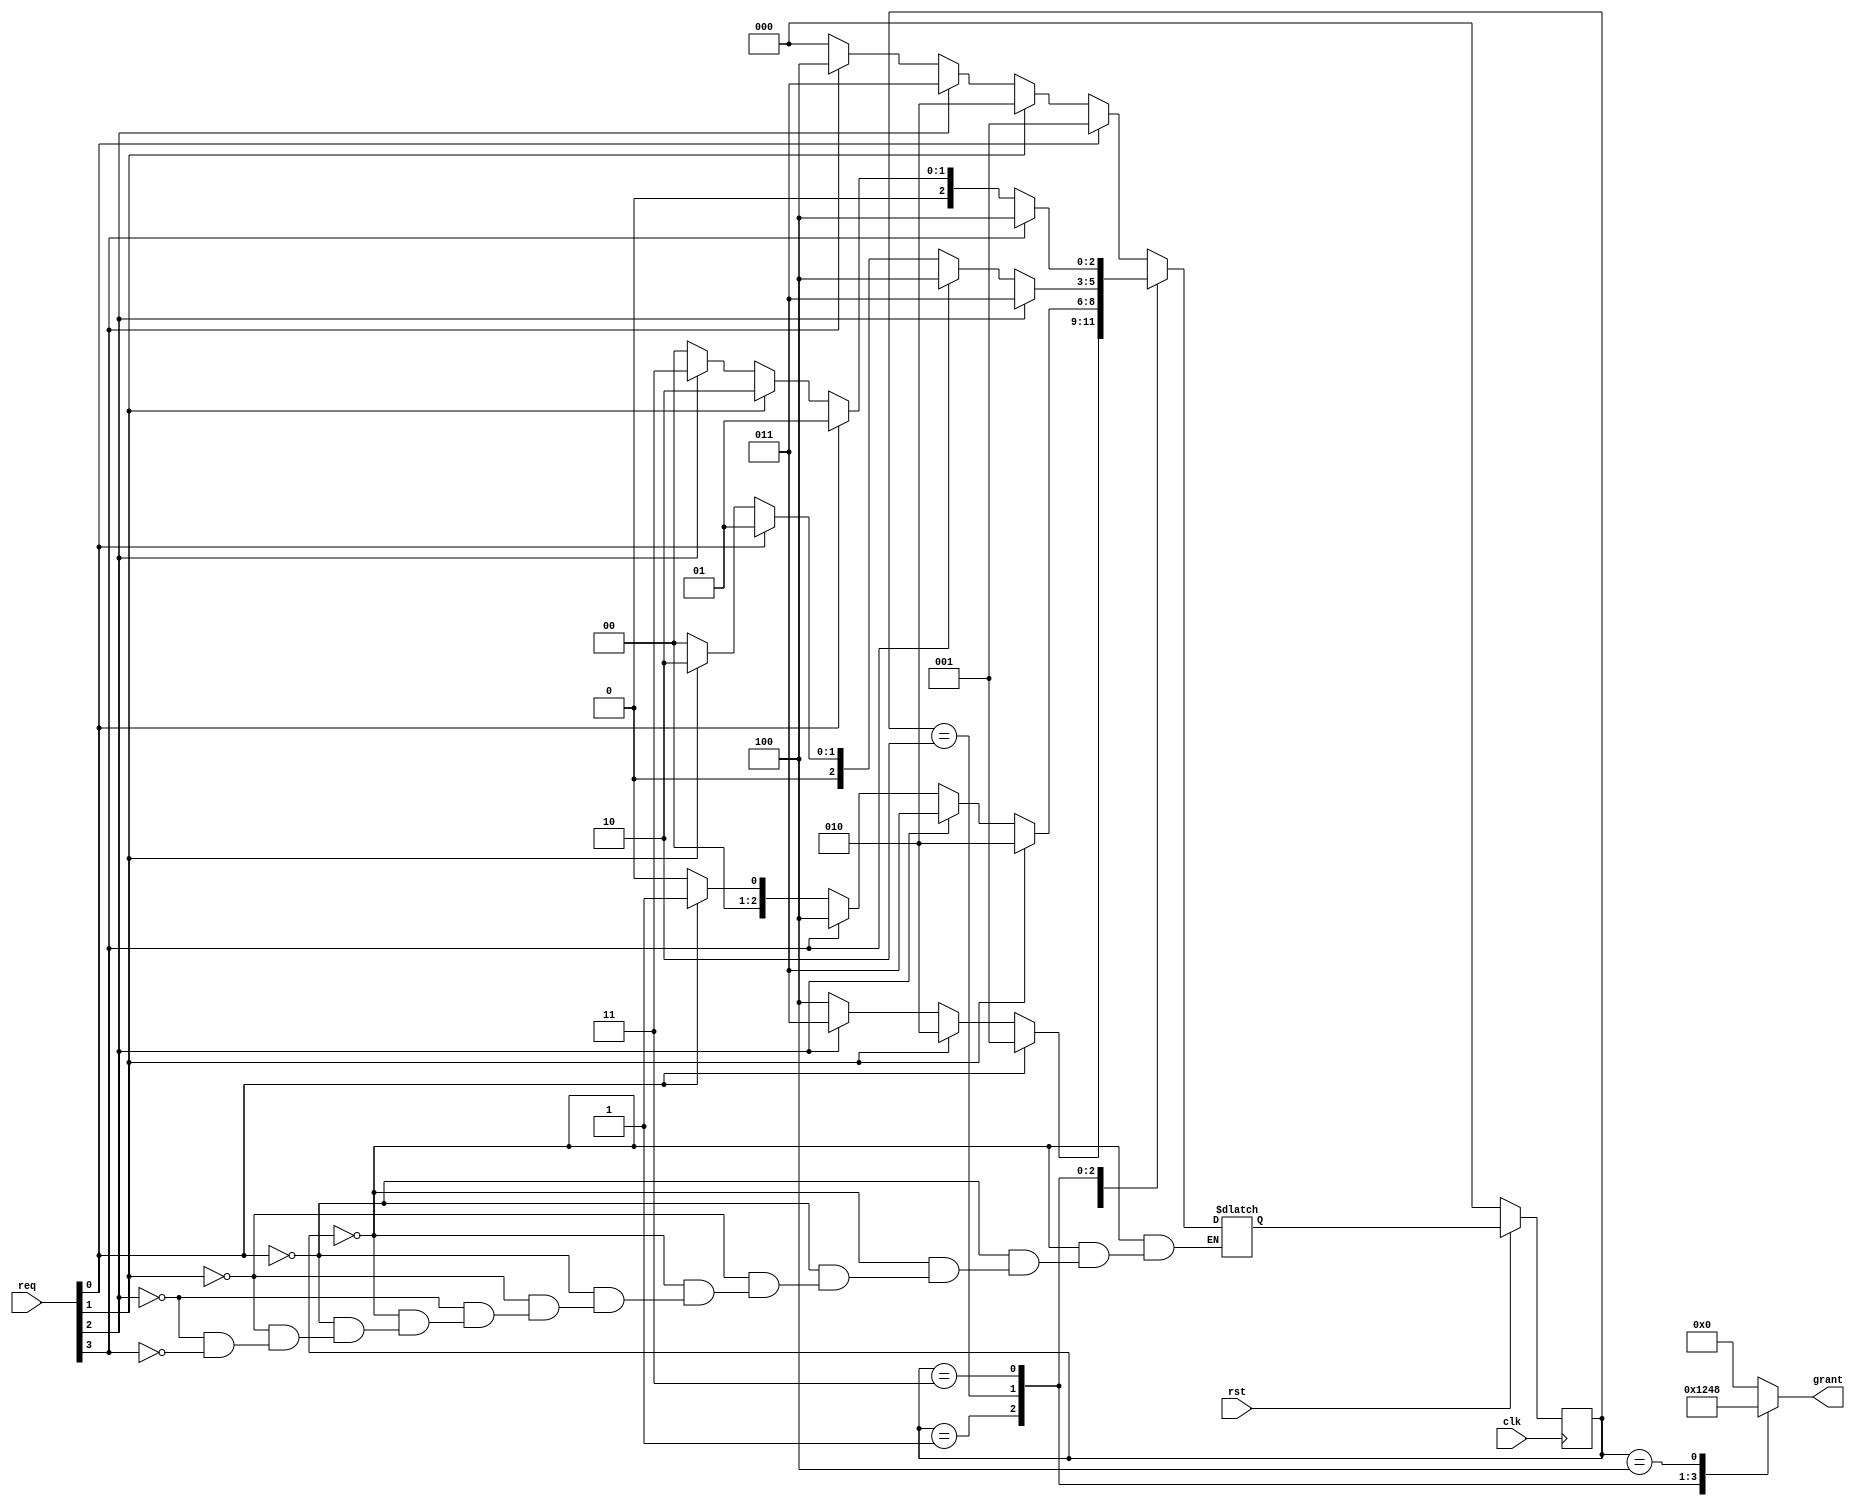
`timescale 1ns / 1ps
module Round_Robin_Arbiter(
    input clk,
    input rst,
    input [3:0] req,
    output reg [3:0] grant
    );
    reg [2:0] ps,ns; 
    parameter [2:0] ideal=3'b000; 
    parameter [2:0] s0=3'b001; 
    parameter [2:0] s1=3'b010; 
    parameter [2:0] s2=3'b011; 
    parameter [2:0] s3=3'b100; 
    always@(posedge clk) 
    begin 
    if(!rst) 
    ps<=ideal; 
    else 
    ps<=ns;
    end
    always@(*)
    begin 
    case(ps) 
    ideal: begin 
            if(req[0]) 
            ns=s0; 
            else if(req[1]) 
            ns=s1; 
            else if(req[2]) 
            ns=s2;
            else if(req[3]) 
            ns=s3;
           end
     s0: begin 
            if(req[1]) 
            ns=s1; 
            else if(req[2]) 
            ns=s2; 
            else if(req[3]) 
            ns=s3;
            else if(req[0]) 
            ns=s0;
            else 
            ns=ideal; 
         end
     s1: begin 
            if(req[2]) 
            ns=s2; 
            else if(req[3]) 
            ns=s3; 
            else if(req[0]) 
            ns=s0; 
            else if(req[1]) 
            ns=s1;
            else 
            ns=ideal; 
         end
      s2: begin 
            if(req[3]) 
            ns=s3; 
            else if(req[0]) 
            ns=s0; 
            else if(req[1]) 
            ns=s1; 
            else if(req[2]) 
            ns=s2; 
            else 
            ns=ideal; 
          end
       s3: begin 
            if(req[0]) 
            ns=s0; 
            else if(req[1]) 
            ns=s1;
            else if(req[2]) 
            ns=s2; 
            else if(req[3]) 
            ns=s3; 
            else 
            ns=ideal;
           end
        default:begin 
            if(req[0]) 
            ns=s0; 
            else if(req[1]) 
            ns=s1;
            else if(req[2]) 
            ns=s2; 
            else if(req[3]) 
            ns=s3; 
            else 
            ns=ideal;
                end
    endcase
    end
    always@(*) 
    begin 
    case(ps) 
    s0:grant=4'b0001;
    s1:grant=4'b0010; 
    s2:grant=4'b0100; 
    s3:grant=4'b1000;
    default:grant=4'b0000;
    endcase
    end
endmodule